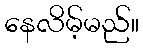
နေလိမ့်မည်။